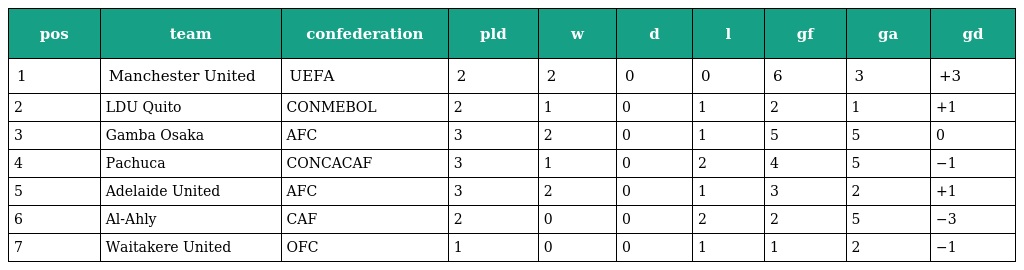
| pos | team | confederation | pld | w | d | l | gf | ga | gd |
 | --- | --- | --- | --- | --- | --- | --- | --- | --- | --- |
 | 1 | Manchester United | UEFA | 2 | 2 | 0 | 0 | 6 | 3 | +3 |
 | 2 | LDU Quito | CONMEBOL | 2 | 1 | 0 | 1 | 2 | 1 | +1 |
 | 3 | Gamba Osaka | AFC | 3 | 2 | 0 | 1 | 5 | 5 | 0 |
 | 4 | Pachuca | CONCACAF | 3 | 1 | 0 | 2 | 4 | 5 | −1 |
 | 5 | Adelaide United | AFC | 3 | 2 | 0 | 1 | 3 | 2 | +1 |
 | 6 | Al-Ahly | CAF | 2 | 0 | 0 | 2 | 2 | 5 | −3 |
 | 7 | Waitakere United | OFC | 1 | 0 | 0 | 1 | 1 | 2 | −1 |